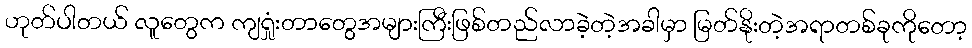
ဟုတ်ပါတယ် လူတွေက ကျရှုံးတာတွေအများကြီးဖြစ်တည်လာခဲ့တဲ့အခါမှာ မြတ်နိုးတဲ့အရာတစ်ခုကိုတော့